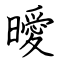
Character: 曖